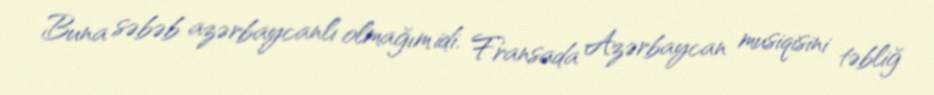
Buna səbəb azərbaycanlı olmağım idi. Fransada Azərbaycan musiqisini təbliğ